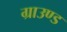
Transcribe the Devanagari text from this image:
ग्राउण्‍ड